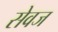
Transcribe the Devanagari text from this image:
सेवज